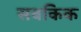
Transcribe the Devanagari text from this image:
सबकिक